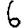
Digit: 6